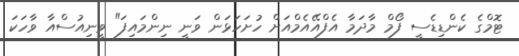
ޓޮމްގެ ކެންޑިޑެސީ ފޯމް މާދަމާ އެފްއޭއެމްއަށް ހުށަހަޅަން ވަނީ ނިންމައިފަ" ވީނިއުސްއާ ވާހަކަ